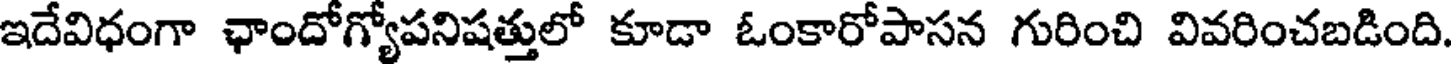
ఇదేవిధంగా ఛాందోగ్యోపనిషత్తులో కూడా ఓంకారోపాసన గురించి వివరించబడింది.